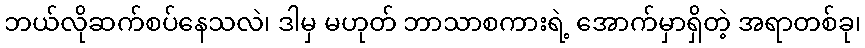
ဘယ်လိုဆက်စပ်နေသလဲ၊ ဒါမှ မဟုတ် ဘာသာစကားရဲ့ အောက်မှာရှိတဲ့ အရာတစ်ခု၊